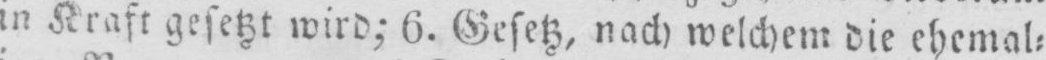
in Kraft gesetzt wird; 6. Gesetz, nach welchem die ehemal⸗